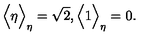
\Big \langle \eta \Big \rangle _ { \eta } = \sqrt { 2 } , \Big \langle 1 \Big \rangle _ { \eta } = 0 .